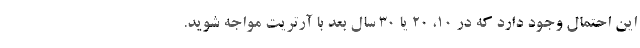
این احتمال وجود دارد که در 10، 20 یا 30 سال بعد با آرتریت مواجه شوید.